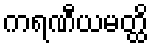
ကရဏီယမတ္ထိ